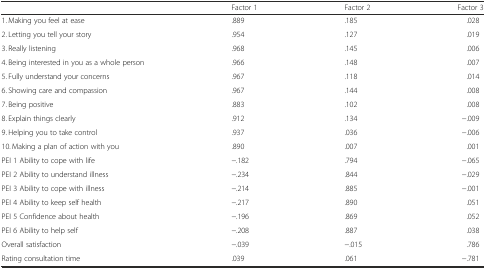
<table><thead><tr><td></td><td><b>Factor 1</b></td><td><b>Factor 2</b></td><td><b>Factor 3</b></td></tr></thead><tbody><tr><td>1. Making you feel at ease</td><td>.889</td><td>.185</td><td>.028</td></tr><tr><td>2. Letting you tell your story</td><td>.954</td><td>.127</td><td>.019</td></tr><tr><td>3. Really listening</td><td>.968</td><td>.145</td><td>.006</td></tr><tr><td>4. Being interested in you as a whole person</td><td>.966</td><td>.148</td><td>.007</td></tr><tr><td>5. Fully understand your concerns</td><td>.967</td><td>.118</td><td>.014</td></tr><tr><td>6. Showing care and compassion</td><td>.967</td><td>.144</td><td>.008</td></tr><tr><td>7. Being positive</td><td>.883</td><td>.102</td><td>.008</td></tr><tr><td>8. Explain things clearly</td><td>.912</td><td>.134</td><td>−.009</td></tr><tr><td>9. Helping you to take control</td><td>.937</td><td>.036</td><td>−.006</td></tr><tr><td>10. Making a plan of action with you</td><td>.890</td><td>.007</td><td>.001</td></tr><tr><td>PEI 1 Ability to cope with life</td><td>−.182</td><td>.794</td><td>−.065</td></tr><tr><td>PEI 2 Ability to understand illness</td><td>−.234</td><td>.844</td><td>−.029</td></tr><tr><td>PEI 3 Ability to cope with illness</td><td>−.214</td><td>.885</td><td>−.001</td></tr><tr><td>PEI 4 Ability to keep self health</td><td>−.217</td><td>.890</td><td>.051</td></tr><tr><td>PEI 5 Confidence about health</td><td>−.196</td><td>.869</td><td>.052</td></tr><tr><td>PEI 6 Ability to help self</td><td>−.208</td><td>.887</td><td>.038</td></tr><tr><td>Overall satisfaction</td><td>−.039</td><td>−.015</td><td>.786</td></tr><tr><td>Rating consultation time</td><td>.039</td><td>.061</td><td>−.781</td></tr></tbody></table>